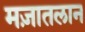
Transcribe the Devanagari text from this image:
मज़ातलान